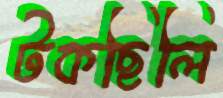
টকছিলি